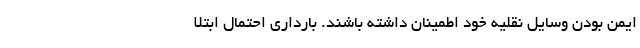
ایمن بودن وسایل نقلیه خود اطمینان داشته باشند. بارداری احتمال ابتلا